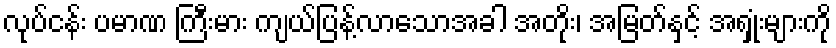
လုပ်ငန်း ပမာဏ ကြီးမား ကျယ်ပြန့်လာသောအခါ အတိုး၊ အမြတ်နှင့် အရှုံးများကို